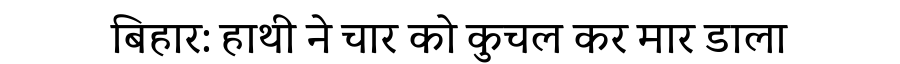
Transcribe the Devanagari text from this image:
बिहार: हाथी ने चार को कुचल कर मार डाला